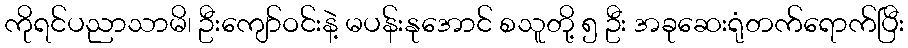
ကိုရင်ပညာသာမိ၊ ဦးကျော်ဝင်းနဲ့ မပန်းနုအောင် စသူတို့ ၅ ဦး အခုဆေးရုံတက်ရောက်ပြီး